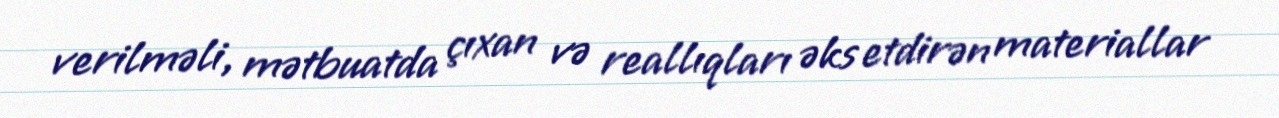
verilməli, mətbuatda çıxan və reallıqları əks etdirən materiallar